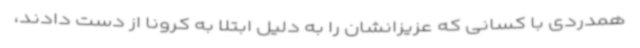
همدردی با کسانی که عزیزانشان را به دلیل ابتلا به کرونا از دست دادند،